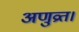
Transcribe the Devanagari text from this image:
अणुव्रत।